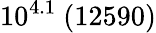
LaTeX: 10^{4.1}\ (12590)